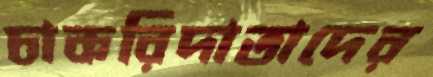
চাকরিদাতাদের